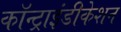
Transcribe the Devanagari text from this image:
कॉन्ट्राइंडीकेशन